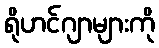
ရိုဟင်ဂျာများကို